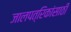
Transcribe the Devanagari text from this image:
जालपत्रिकांसाठी